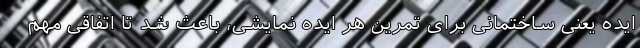
ایده یعنی ساختمانی برای تمرین هر ایده نمایشی، باعث شد تا اتفاقی مهم